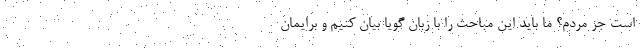
است جز مردم؟ ما باید این مباحث را با زبان گویا بیان کنیم و برایمان